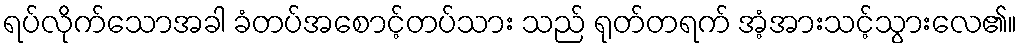
ရပ်လိုက်သောအခါ ခံတပ်အစောင့်တပ်သား သည် ရုတ်တရက် အံ့အားသင့်သွားလေ၏။